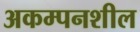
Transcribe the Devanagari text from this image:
अकम्पनशील